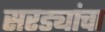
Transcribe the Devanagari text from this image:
सरड्यांचा